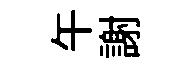
午謝